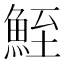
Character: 𩶪